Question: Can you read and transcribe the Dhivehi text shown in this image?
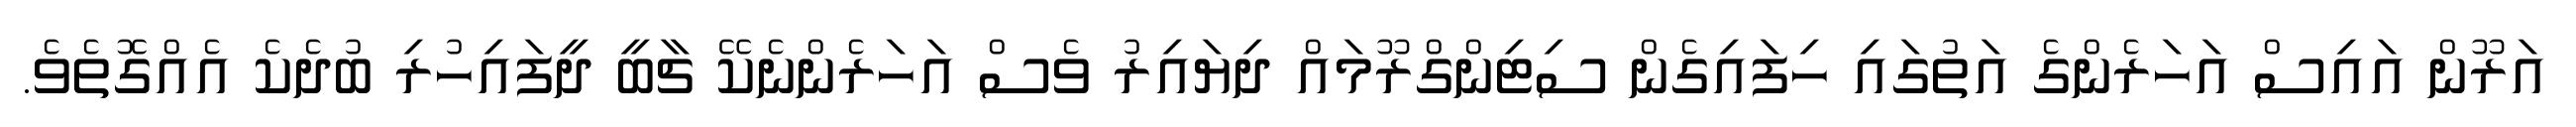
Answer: އަރޫން އައިސް އަހަރެންގެ އަތުގައި ހިފައިގެން ސިޓިންގްރޫމައް ދިޔައިރު ވެސް އަހަރެންނެކޭ ޗާބީ ދީފައިހުރި ބުދެކެ އެއްގޮތެވެ.